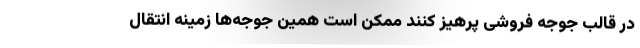
در قالب جوجه فروشی پرهیز کنند ممکن است همین جوجه‌ها زمینه انتقال